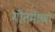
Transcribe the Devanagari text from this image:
गौतमींच्या